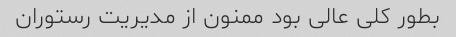
بطور کلی عالی بود ممنون از مدیریت رستوران